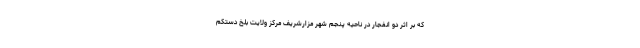
که بر اثر دو انفجار در ناحیه پنجم شهر مزارشریف مرکز ولایت بلخ دستکم